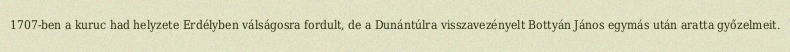
1707-ben a kuruc had helyzete Erdélyben válságosra fordult, de a Dunántúlra visszavezényelt Bottyán János egymás után aratta győzelmeit.